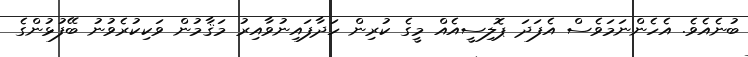
ބުނެއެވެ. އެހެންނަމަވެސް އެފަދަ ޕޮލިސީއެއް މީގެ ކުރިން ހަދާފައިނުވާއިރު މަޤާމުން ވަކިކުރެވުނު ބޭފުޅުންގެ